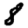
Digit: 8